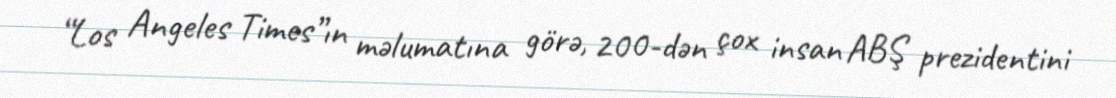
“Los Angeles Times”ın məlumatına görə, 200-dən çox insan ABŞ prezidentini